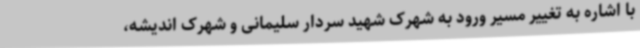
با اشاره به تغییر مسیر ورود به شهرک شهید سردار سلیمانی و شهرک اندیشه،